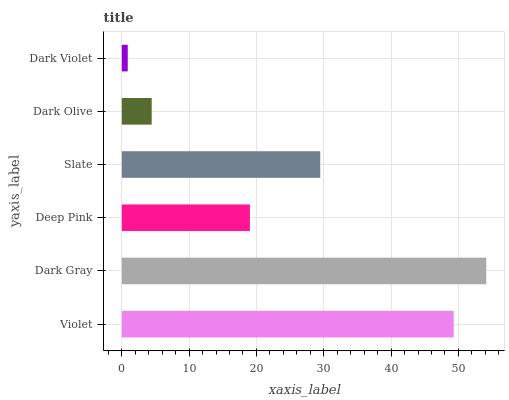
| yaxis_label | bars |
 | --- | --- |
 | Violet | 49.3 |
 | Dark Gray | 54.1 |
 | Deep Pink | 19 |
 | Slate | 29.5 |
 | Dark Olive | 4.44 |
 | Dark Violet | 0.885 |